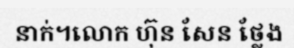
នាក់។លោក ហ៊ុន សែន ថ្លែង